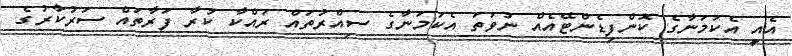
އެއީ އެކަމަނާގެ ކޮންފިޑެންޓޭއެއް ނުވަތަ އެކަމަނާގެ ސިއްރުތައް ރައްކާ ކުރާ ފަރާތައް ސަރުކާރުގެ